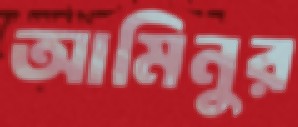
আমিনুর